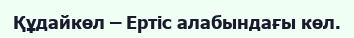
Құдайкөл – Ертіс алабындағы көл.